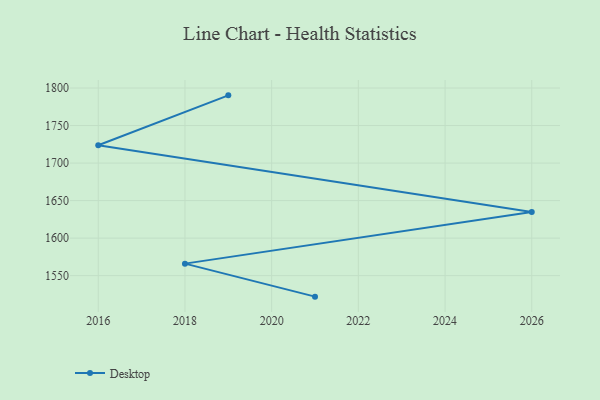
{"axis": {"x": "Year", "y": "Page Views"}, "legend": ["Desktop"], "data": [{"x": "2019", "y": 1790.2, "type": "Desktop"}, {"x": "2016", "y": 1723.7, "type": "Desktop"}, {"x": "2026", "y": 1634.7, "type": "Desktop"}, {"x": "2018", "y": 1566.0, "type": "Desktop"}, {"x": "2021", "y": 1522.0, "type": "Desktop"}]}